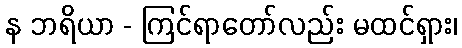
န ဘရိယာ - ကြင်ရာတော်လည်း မထင်ရှား၊